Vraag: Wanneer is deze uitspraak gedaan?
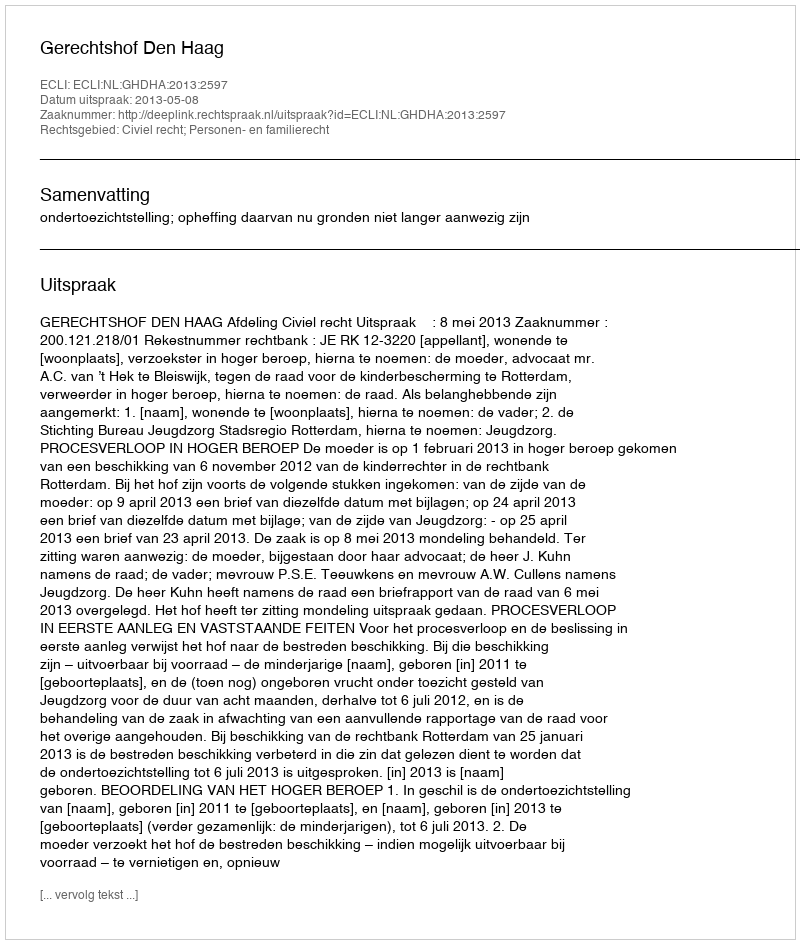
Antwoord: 2013-05-08